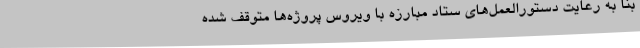
بنا به رعایت دستورالعمل‌های ستاد مبارزه با ویروس پروژه‌ها متوقف شده